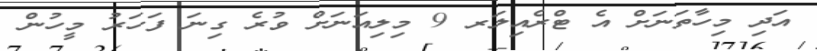
އަދި މިހާތަނަށް އެ ޓްރެއިލަރ 9 މިލިއަނަށް ވުރެ ގިނަ ފަހަރު މީހުން